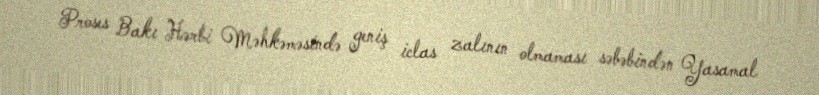
Proses Bakı Hərbi Məhkəməsində geniş iclas zalının olmaması səbəbindən Yasamal